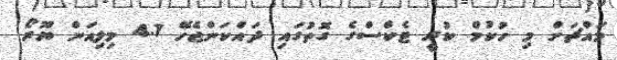
މައްޗަށް މި ހުކުމް ކުރީ ޓެކްްސްގެ ގޮތުގައި ދައްކަންޖެހޭ 4.1 މިލިއަން ޔޫރޯ